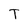
Character: T